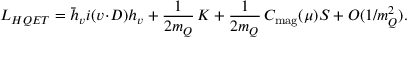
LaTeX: { \cal L } _ { H Q E T } = \bar { h } _ { v } i ( v \! \cdot \! D ) h _ { v } + \frac { 1 } { 2 m _ { Q } } \, { \cal K } + \frac { 1 } { 2 m _ { Q } } \, C _ { \mathrm { m a g } } ( \mu ) { \cal S } + O ( 1 / m _ { Q } ^ { 2 } ) .